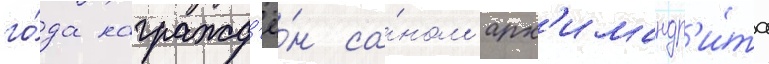
го́да награжд'ё́н са́ном арх'имандр'и́та